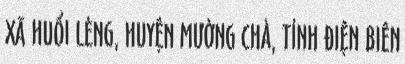
XÃ HUỔI LÈNG, HUYỆN MƯỜNG CHÀ, TỈNH ĐIỆN BIÊN